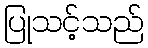
ပြုသင့်သည်